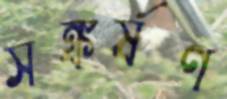
সঙ্কর্ষণ